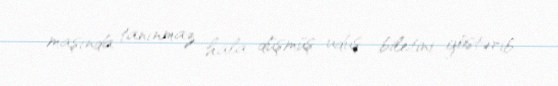
maşında tanınmaz hala düşmüş uduş biletini göstərib.